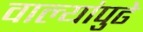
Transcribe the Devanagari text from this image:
वाल्यांपुढे